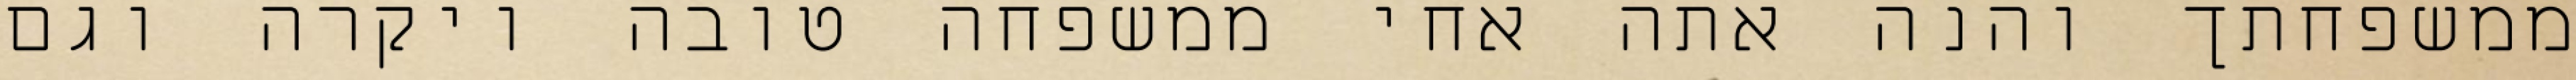
ממשפחתך והנה אתה אחי ממשפחה טובה ויקרה וגם